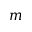
m